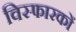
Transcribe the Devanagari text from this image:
विस्फारकों